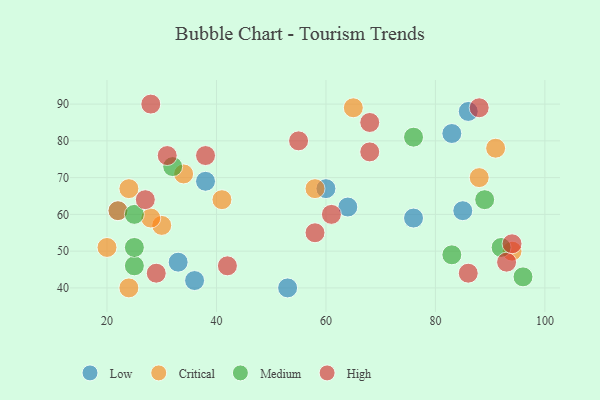
{"axis": {"x": "GDP", "y": "Life Expectancy"}, "legend": ["Critical", "High", "Low", "Medium"], "data": [{"x": "64", "y": 62, "type": "Low"}, {"x": "36", "y": 42, "type": "Low"}, {"x": "86", "y": 88, "type": "Low"}, {"x": "38", "y": 69, "type": "Low"}, {"x": "83", "y": 82, "type": "Low"}, {"x": "76", "y": 59, "type": "Low"}, {"x": "22", "y": 61, "type": "Low"}, {"x": "33", "y": 47, "type": "Low"}, {"x": "85", "y": 61, "type": "Low"}, {"x": "60", "y": 67, "type": "Low"}, {"x": "53", "y": 40, "type": "Low"}, {"x": "24", "y": 67, "type": "Critical"}, {"x": "91", "y": 78, "type": "Critical"}, {"x": "22", "y": 61, "type": "Critical"}, {"x": "65", "y": 89, "type": "Critical"}, {"x": "30", "y": 57, "type": "Critical"}, {"x": "28", "y": 59, "type": "Critical"}, {"x": "58", "y": 67, "type": "Critical"}, {"x": "41", "y": 64, "type": "Critical"}, {"x": "94", "y": 50, "type": "Critical"}, {"x": "34", "y": 71, "type": "Critical"}, {"x": "88", "y": 70, "type": "Critical"}, {"x": "20", "y": 51, "type": "Critical"}, {"x": "24", "y": 40, "type": "Critical"}, {"x": "25", "y": 46, "type": "Medium"}, {"x": "83", "y": 49, "type": "Medium"}, {"x": "25", "y": 60, "type": "Medium"}, {"x": "92", "y": 51, "type": "Medium"}, {"x": "96", "y": 43, "type": "Medium"}, {"x": "25", "y": 51, "type": "Medium"}, {"x": "89", "y": 64, "type": "Medium"}, {"x": "76", "y": 81, "type": "Medium"}, {"x": "32", "y": 73, "type": "Medium"}, {"x": "93", "y": 47, "type": "High"}, {"x": "61", "y": 60, "type": "High"}, {"x": "38", "y": 76, "type": "High"}, {"x": "42", "y": 46, "type": "High"}, {"x": "58", "y": 55, "type": "High"}, {"x": "88", "y": 89, "type": "High"}, {"x": "68", "y": 77, "type": "High"}, {"x": "31", "y": 76, "type": "High"}, {"x": "55", "y": 80, "type": "High"}, {"x": "68", "y": 85, "type": "High"}, {"x": "86", "y": 44, "type": "High"}, {"x": "94", "y": 52, "type": "High"}, {"x": "28", "y": 90, "type": "High"}, {"x": "27", "y": 64, "type": "High"}, {"x": "29", "y": 44, "type": "High"}]}